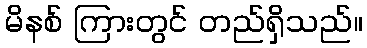
မိနစ် ကြားတွင် တည်ရှိသည်။